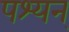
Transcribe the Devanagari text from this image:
पश्यन्‌